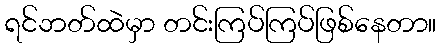
ရင်ဘတ်ထဲမှာ တင်းကြပ်ကြပ်ဖြစ်နေတာ။